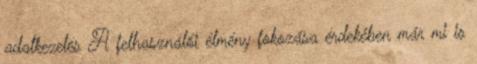
adatkezelés A felhasználói élmény fokozása érdekében már mi is